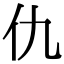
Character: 仇